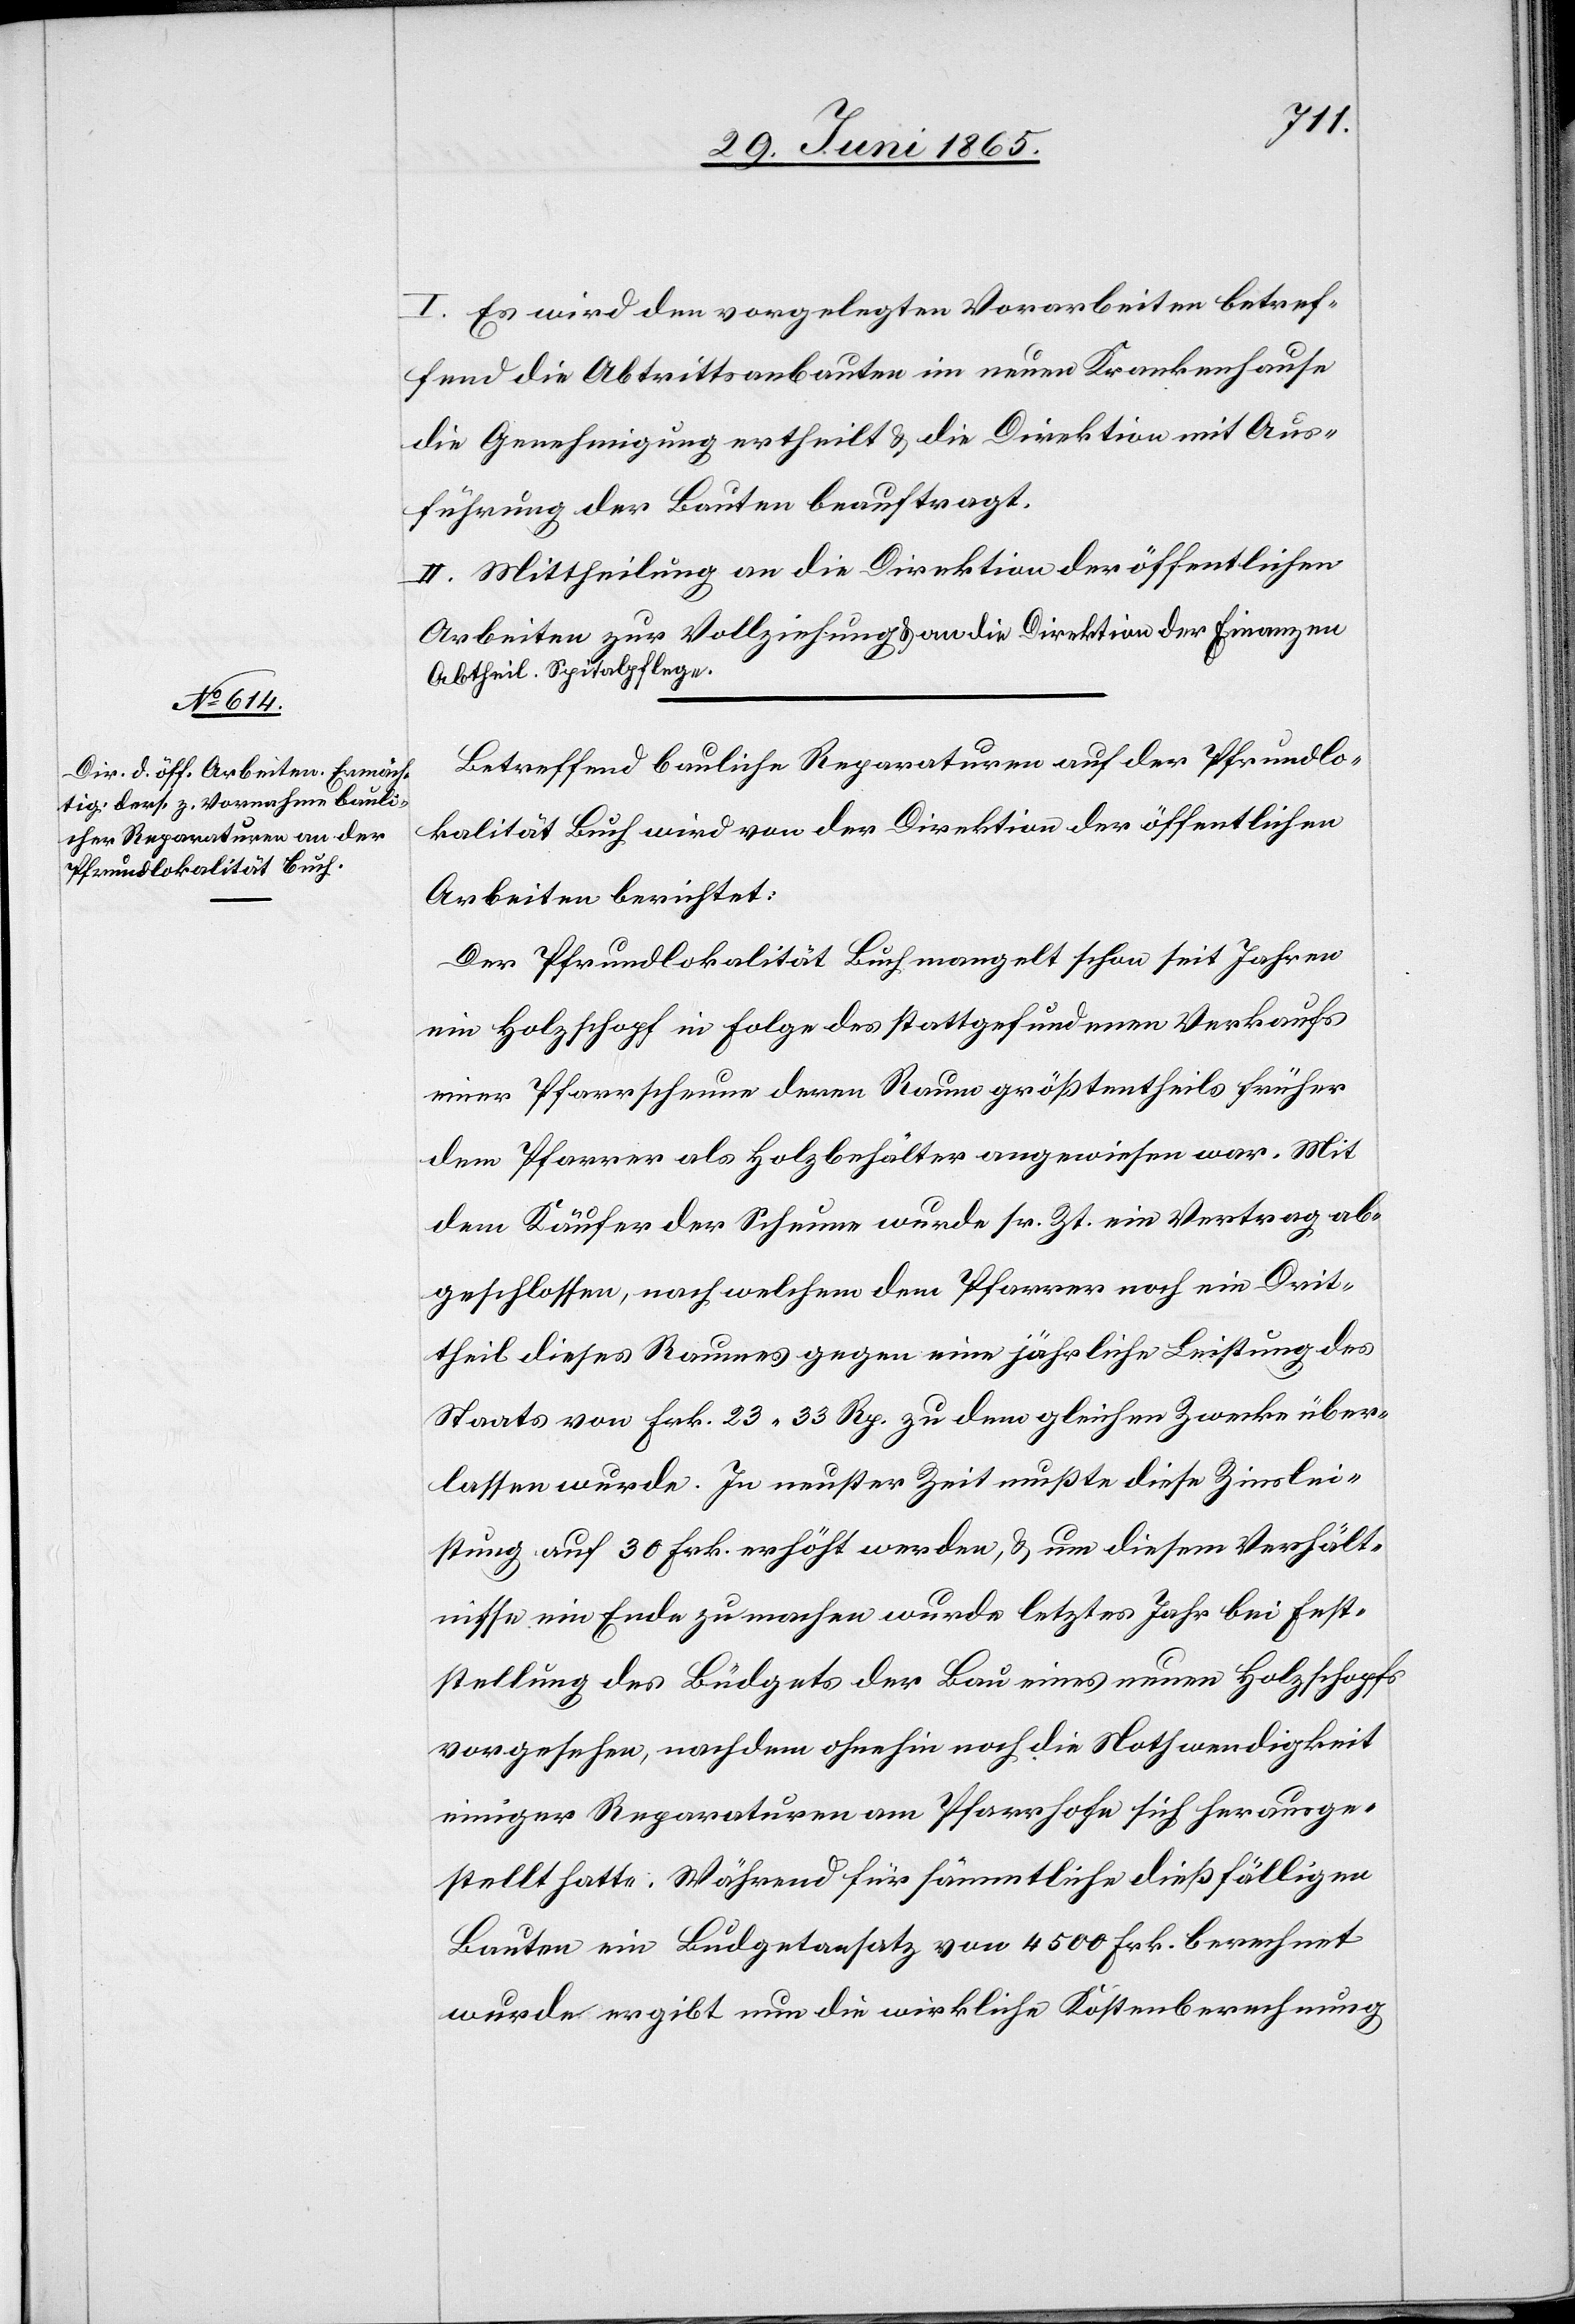
I. Es wird den vorgelegten Vorarbeiten betref¬
fend die Abtrittsanbauten im neuen Krankenhause
die Genehmigung ertheilt & die Direktion mit Aus¬
führung der Bauten beauftragt.
II. Mittheilung an die Direktion der öffentlichen
Arbeiten zur Vollziehung & an die Direktion der Finanzen
Abtheil. Spitalpflege.
Betreffend bauliche Reparaturen auf der Pfrundlo¬
kalität Buch wird von der Direktion der öffentlichen
Arbeiten berichtet:
Der Pfrundlokalität Buch mangelt schon seit Jahren
ein Holzschopf in Folge des stattgefundenen Verkaufs
einer Pfarrscheune deren Raum größtentheils früher
dem Pfarrer als Holzbehälter angewiesen war. Mit
dem Käufer der Scheune wurde sr. Zt. ein Vertrag ab¬
geschlossen, nach welchem dem Pfarrer noch ein Drit¬
theil dieses Raumes gegen eine jährliche Leistung des
Staats von Frk. 23.33 Rp. zu dem gleichen Zwecke über¬
lassen wurde. In neuster Zeit mußte diese Zinslei¬
stung auf 30 Frk. erhöht werden, & um diesem Verhält¬
nisse ein Ende zu machen wurde letztes Jahr bei Fest¬
stellung des Büdgets der Bau eines neuen Holzschopfs
vorgesehen, nachdem ohnehin noch die Nothwendigkeit
einiger Reparaturen am Pfarrhofe sich herausge¬
stellt hatte. Während für sämmtliche dießfälligen
Bauten ein Budgetaufsatz von 4500 Frk. berechnet
wurde ergibt nun die wirkliche Kostenberechnung